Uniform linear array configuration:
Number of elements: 8
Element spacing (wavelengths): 1
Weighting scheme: blackman
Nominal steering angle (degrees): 15
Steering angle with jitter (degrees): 15.201
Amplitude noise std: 0.05
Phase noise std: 0.05

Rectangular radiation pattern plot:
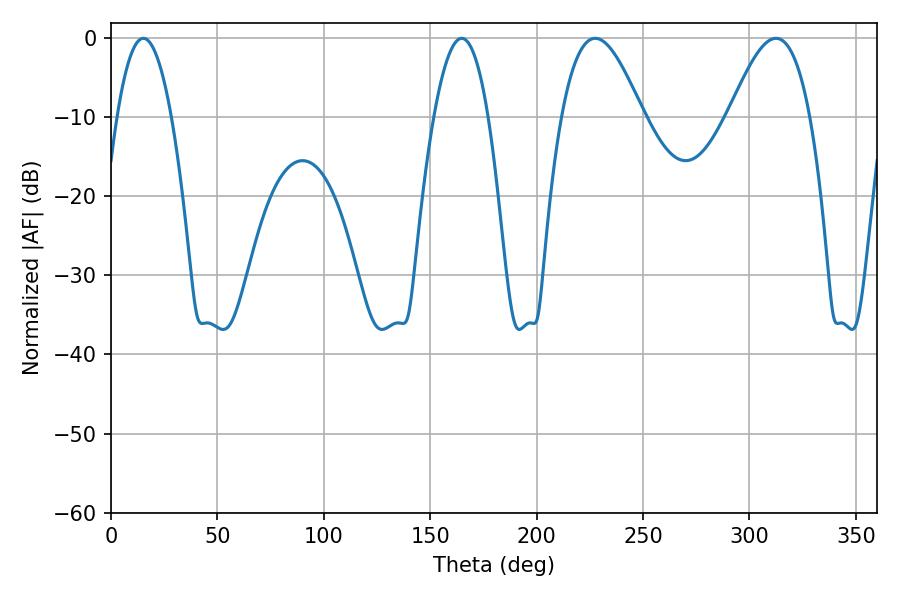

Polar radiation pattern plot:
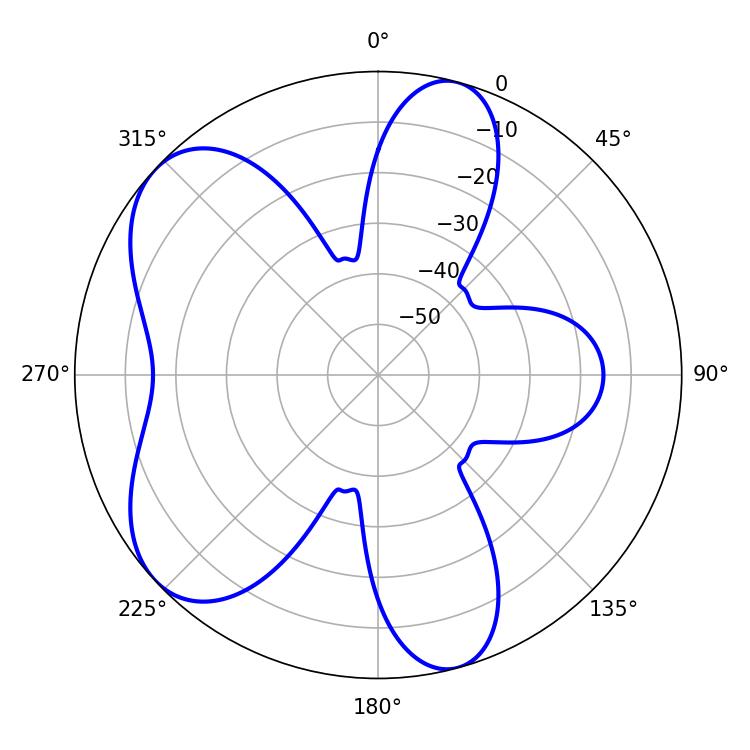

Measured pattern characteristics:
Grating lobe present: TRUE
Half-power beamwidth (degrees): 20.52
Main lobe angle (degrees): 227.52